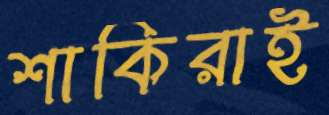
শাকিরাই